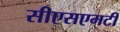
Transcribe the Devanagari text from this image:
सीएसएमटी